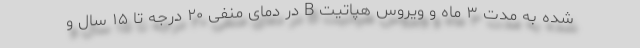
شده به مدت ۳ ماه و ویروس هپاتیت B در دمای منفی ۲۰ درجه تا ۱۵ سال و